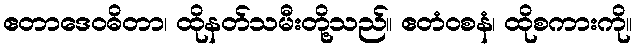
ဧတာဒေဝဓိတာ၊ ထိုနတ်သမီးတို့သည်။ ဧတံဝစနံ၊ ထိုစကားကို။